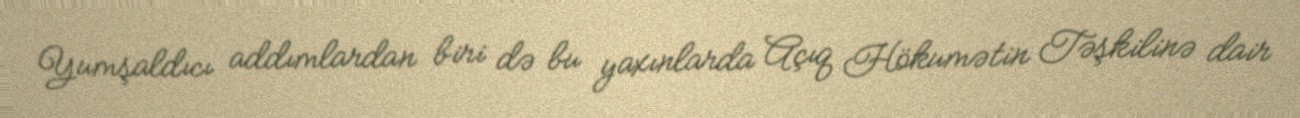
Yumşaldıcı addımlardan biri də bu yaxınlarda Açıq Hökumətin Təşkilinə dair